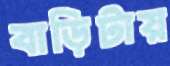
বাড়িটায়